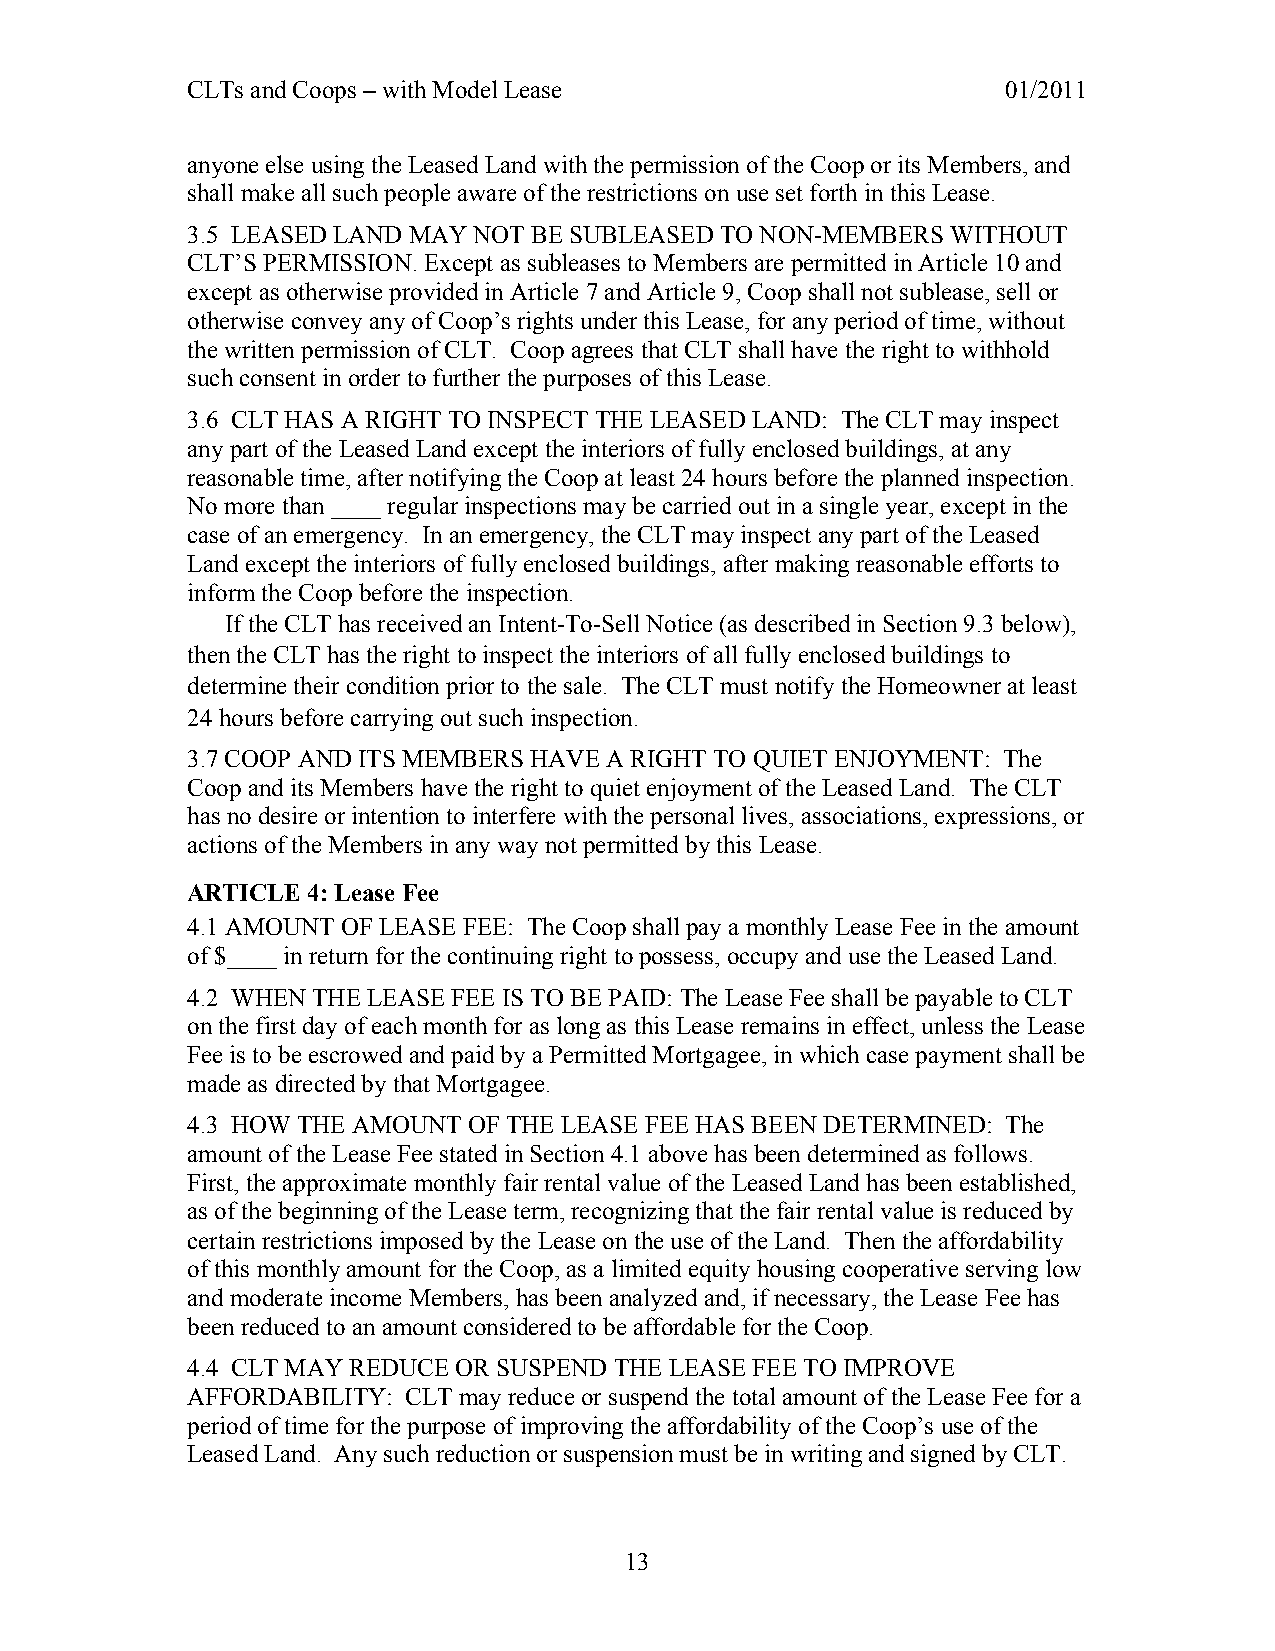
CLTs and Coops – with Model Lease                      01/2011
 anyone else using the Leased Land with the permission of the Coop or its Members, and
 shall make all such people aware of the restrictions on use set forth in this Lease.
 3.5 LEASED LAND MAY NOT BE SUBLEASED TO NON-MEMBERS WITHOUT
 CLT’S PERMISSION. Except as subleases to Members are permitted in Article 10 and
 except as otherwise provided in Article 7 and Article 9, Coop shall not sublease, sell or
 otherwise convey any of Coop’s rights under this Lease, for any period of time, without
 the written permission of CLT. Coop agrees that CLT shall have the right to withhold
 such consent in order to further the purposes of this Lease.
 3.6 CLT HAS A RIGHT TO INSPECT THE LEASED LAND: The CLT may inspect
 any part of the Leased Land except the interiors of fully enclosed buildings, at any
 reasonable time, after notifying the Coop at least 24 hours before the planned inspection.
 No more than ____ regular inspections may be carried out in a single year, except in the
 case of an emergency. In an emergency, the CLT may inspect any part of the Leased
 Land except the interiors of fully enclosed buildings, after making reasonable efforts to
 inform the Coop before the inspection.
 If the CLT has received an Intent-To-Sell Notice (as described in Section 9.3 below),
 then the CLT has the right to inspect the interiors of all fully enclosed buildings to
 determine their condition prior to the sale. The CLT must notify the Homeowner at least
 24 hours before carrying out such inspection.
 3.7 COOP AND ITS MEMBERS HAVE A RIGHT TO QUIET ENJOYMENT: The
 Coop and its Members have the right to quiet enjoyment of the Leased Land. The CLT
 has no desire or intention to interfere with the personal lives, associations, expressions, or
 actions of the Members in any way not permitted by this Lease.
 ARTICLE 4: Lease Fee
 4.1 AMOUNT OF LEASE FEE: The Coop shall pay a monthly Lease Fee in the amount
 of $____ in return for the continuing right to possess, occupy and use the Leased Land.
 4.2 WHEN THE LEASE FEE IS TO BE PAID: The Lease Fee shall be payable to CLT
 on the first day of each month for as long as this Lease remains in effect, unless the Lease
 Fee is to be escrowed and paid by a Permitted Mortgagee, in which case payment shall be
 made as directed by that Mortgagee.
 4.3 HOW THE AMOUNT OF THE LEASE FEE HAS BEEN DETERMINED: The
 amount of the Lease Fee stated in Section 4.1 above has been determined as follows.
 First, the approximate monthly fair rental value of the Leased Land has been established,
 as of the beginning of the Lease term, recognizing that the fair rental value is reduced by
 certain restrictions imposed by the Lease on the use of the Land. Then the affordability
 of this monthly amount for the Coop, as a limited equity housing cooperative serving low
 and moderate income Members, has been analyzed and, if necessary, the Lease Fee has
 been reduced to an amount considered to be affordable for the Coop.
 4.4 CLT MAY REDUCE OR SUSPEND THE LEASE FEE TO IMPROVE
 AFFORDABILITY: CLT may reduce or suspend the total amount of the Lease Fee for a
 period of time for the purpose of improving the affordability of the Coop’s use of the
 Leased Land. Any such reduction or suspension must be in writing and signed by CLT.
 13